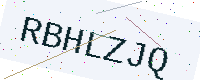
Text: RBHLZJQ